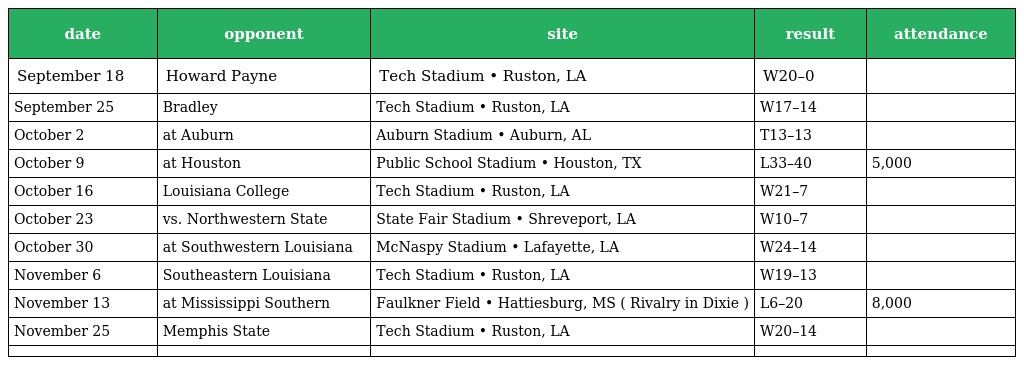
| date | opponent | site | result | attendance |
 | --- | --- | --- | --- | --- |
 | September 18 | Howard Payne | Tech Stadium • Ruston, LA | W20–0 |  |
 | September 25 | Bradley | Tech Stadium • Ruston, LA | W17–14 |  |
 | October 2 | at Auburn | Auburn Stadium • Auburn, AL | T13–13 |  |
 | October 9 | at Houston | Public School Stadium • Houston, TX | L33–40 | 5,000 |
 | October 16 | Louisiana College | Tech Stadium • Ruston, LA | W21–7 |  |
 | October 23 | vs. Northwestern State | State Fair Stadium • Shreveport, LA | W10–7 |  |
 | October 30 | at Southwestern Louisiana | McNaspy Stadium • Lafayette, LA | W24–14 |  |
 | November 6 | Southeastern Louisiana | Tech Stadium • Ruston, LA | W19–13 |  |
 | November 13 | at Mississippi Southern | Faulkner Field • Hattiesburg, MS ( Rivalry in Dixie ) | L6–20 | 8,000 |
 | November 25 | Memphis State | Tech Stadium • Ruston, LA | W20–14 |  |
 |  |  |  |  |  |